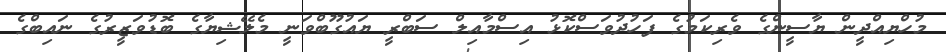
މުހްޔިއްދީން ޔާސީންގެ ވެރިކަމުގެ ފަހުދުވަސްކޮޅު އިސްމާއިލް ސަބްރީ ޔައުގޫބްވަނީ މެލޭޝިޔާގެ ބޮޑުވަޒީރުގެ ނައިބްގެ